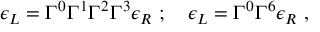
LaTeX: \epsilon _ { L } = \Gamma ^ { 0 } \Gamma ^ { 1 } \Gamma ^ { 2 } \Gamma ^ { 3 } \epsilon _ { R } \ ; \quad \epsilon _ { L } = \Gamma ^ { 0 } \Gamma ^ { 6 } \epsilon _ { R } \ ,